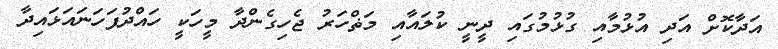
އަދާކޮށް އަދި އުޅުމާއި ގުޅުމުގައި ދީނީ ކުލައާއި މަޡްހަރު ޖެހިގެންދާ މީހަކީ ހައްދުފަހަނައަޅައިދާ